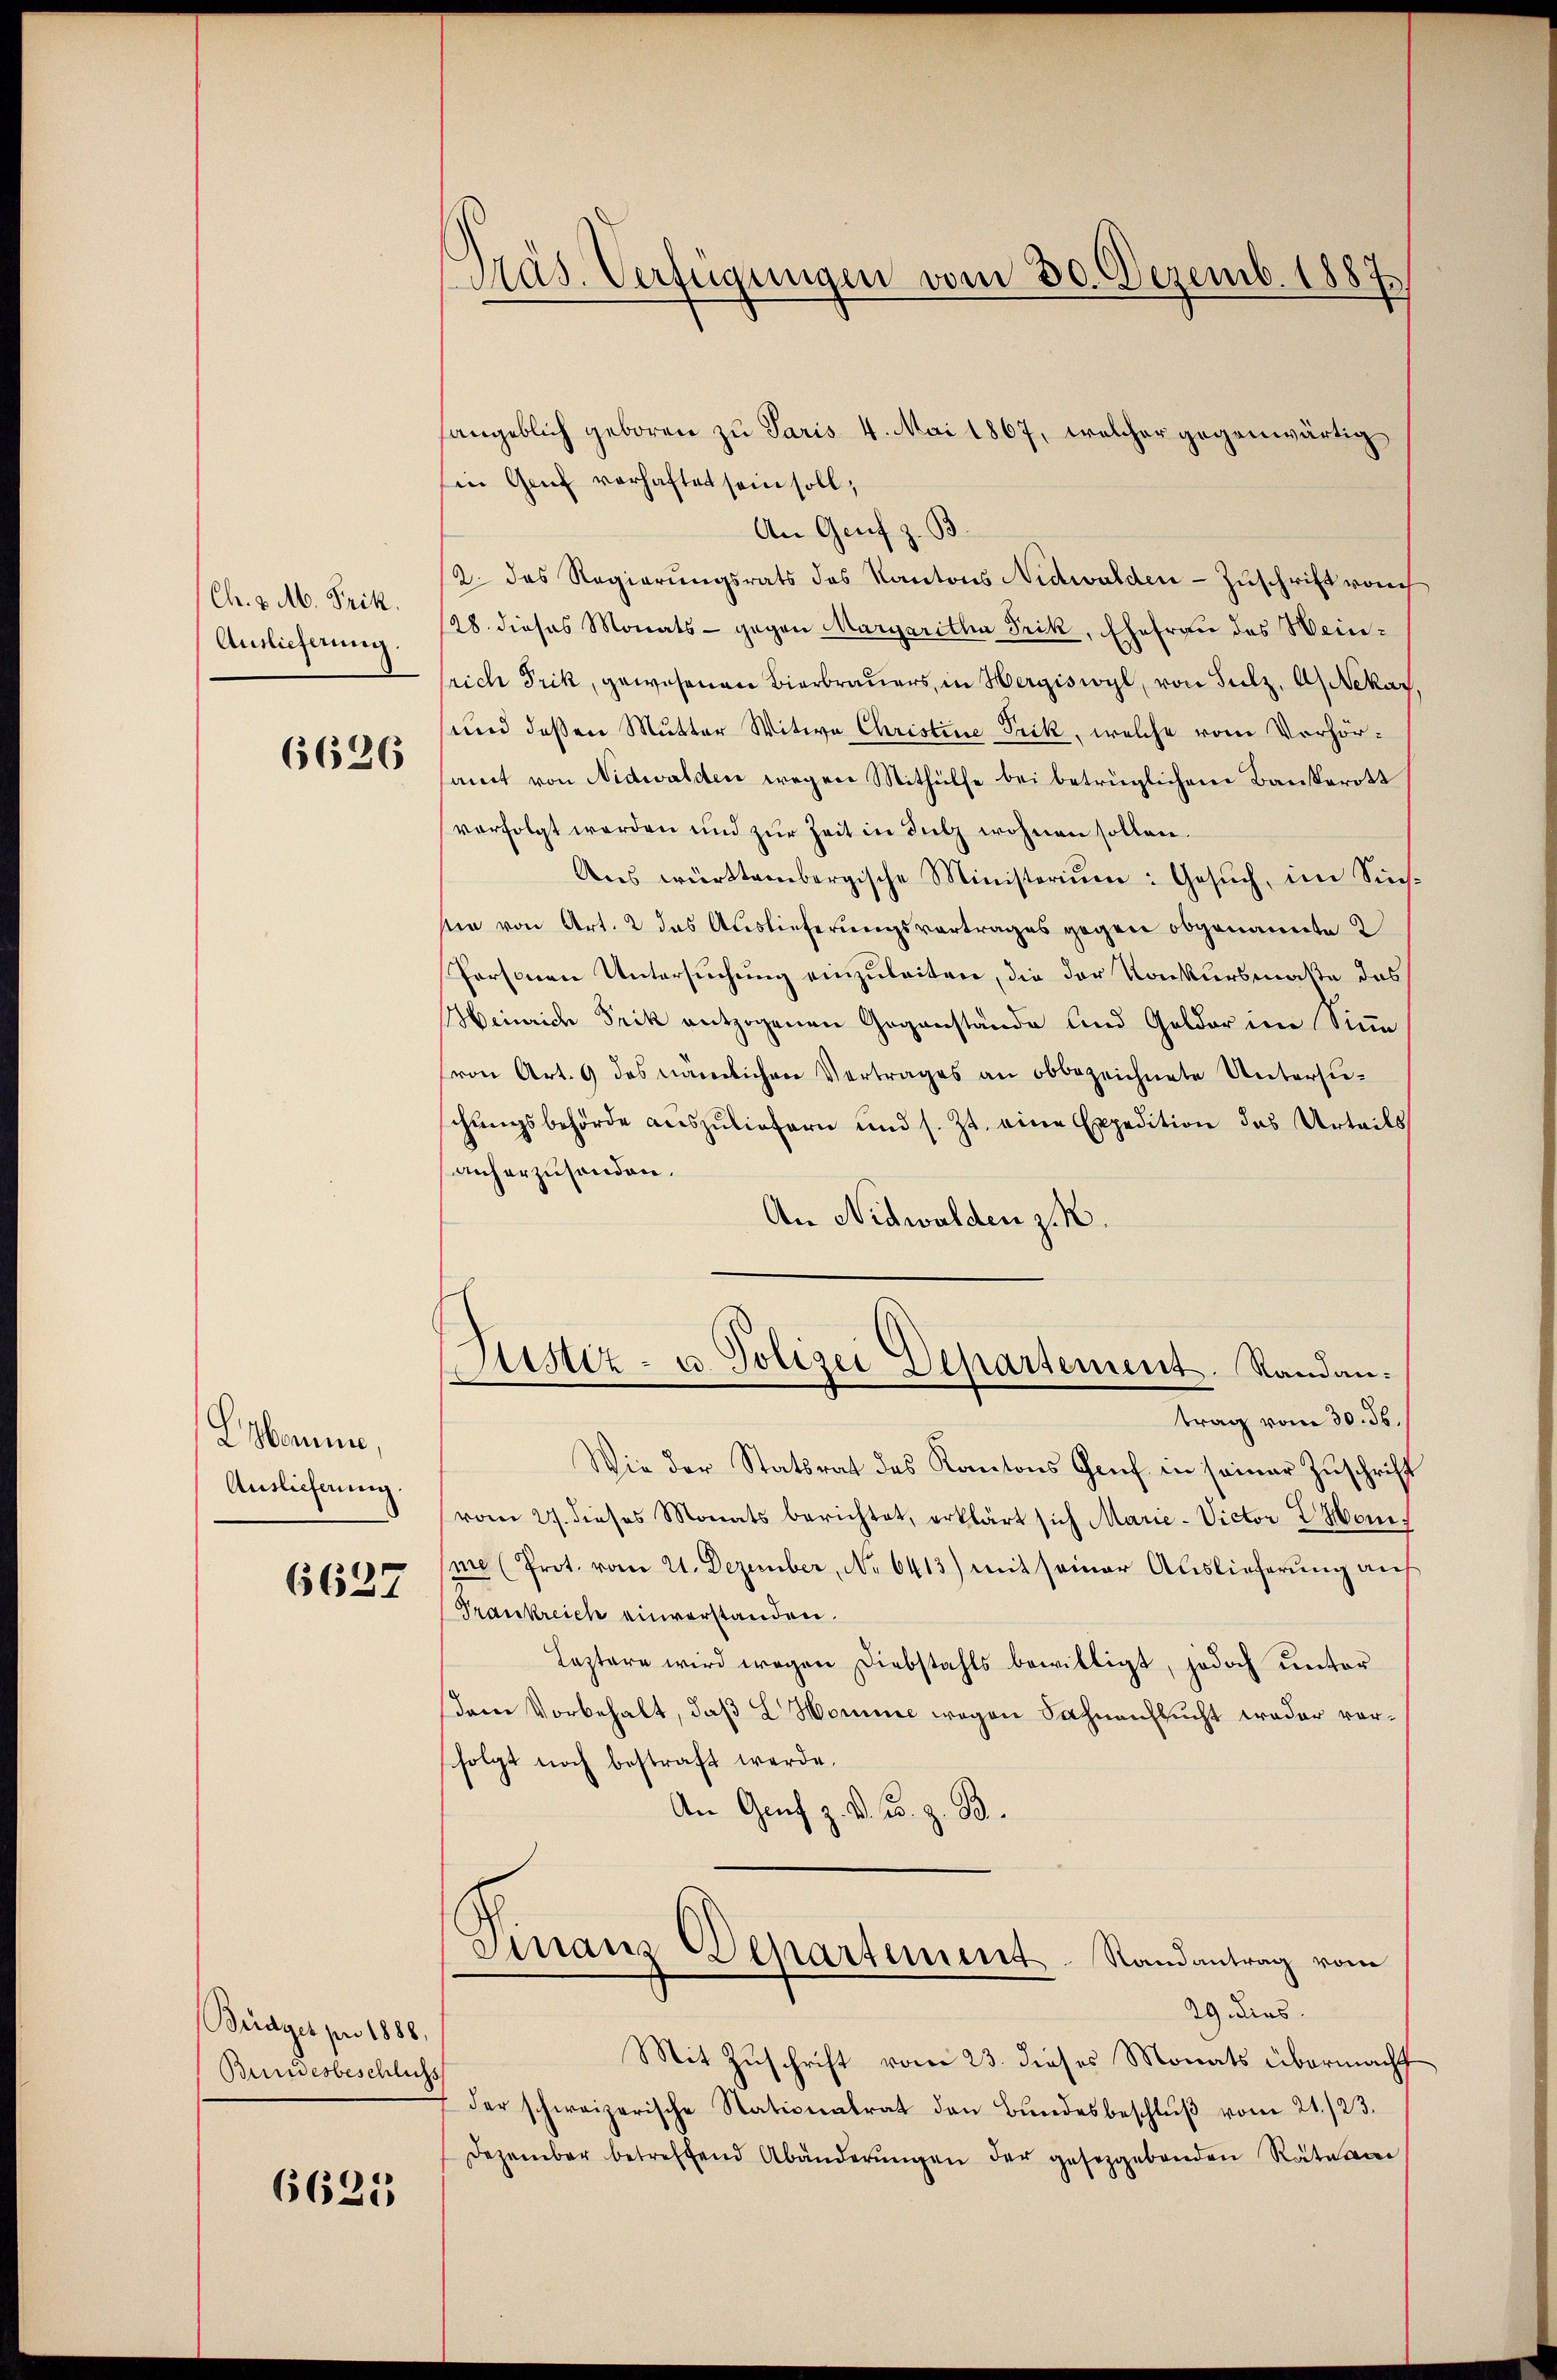
Ch. v. M. Frik.
Auslieferung

6626

Lsbanne,
Auslieferung.
6627

Büdget pro 1888.
Bundesbeschluss

6625

Präs. Verfügungen vom 30. Dezemb. 1887.

sangeblich geboren zu Paris 4. Mai 1867, welcher gegenwärtig
in Genf verhaftet sein soll,
An Genf z. B.
2. das Regierungsrats des Kantons Nidwalden-Zuschrift von
28. dieses Monats - gegen Margaritha Frik, Ehefrau des Weinrich Prik, gewesenen Bierbrauers, in Hergiswyl, von Sulz, A. Nekar
und deßen Mutter Witwe Christine Prik, welche vom Verhörsamt von Nidwalden wegen Mithülfe bei betrüglichem Bankerott
verfolgt werden und zŭr Zeit in Sulz wohnen sollen.
Ans württembergische Ministeriŭm: Gesŭch, im Sins.
sie von Art. 2 das Auslieferungsvortrages gegen obgenannte 2
Personen Untersuchung einzuleiten, die der Konkursmaße des
Heinrich Frik entzogenen Gegenstände und Gelder im Sinn
von Art. 9 des nämlichen Vertrages an obbezeichnete Untersuschŭngsbehörde aŭszŭliefern und s. Zt. eine Expedition des Urteils
anherzusenden.
An Nidwalden z. R.
ustiz- u. Polizei Departement. Randantrag vom 30. ds.
Wie der Statsrat des Kantons Genf in seiner Zuschrift
vom 27. dieses Monats berichtet, erklärt sich Marie-Victor 2 Monme (Prot. vom 21. Dezember, No 6413) mit seiner Auslieferung auf
Trankreich einvorstanden.
Leztere wird wegen Diebstahls bewilligt, jedoch unter
dem Vorbehalt, daß L Horne wegen Sahnenseucht weder vorfolgt noch bestraft werde.
An Genf z. B. u. z. B.
Finanz-Departement Randantrag vom
29 aus
Mit Zuschrift vom 23. dieses Monats übermacht
der schweizerische Stationalrat den Bŭndesbeschlŭβ vom 21./23.
Dezember betreffend Abänderŭngen der gesetzgebenden Rateam